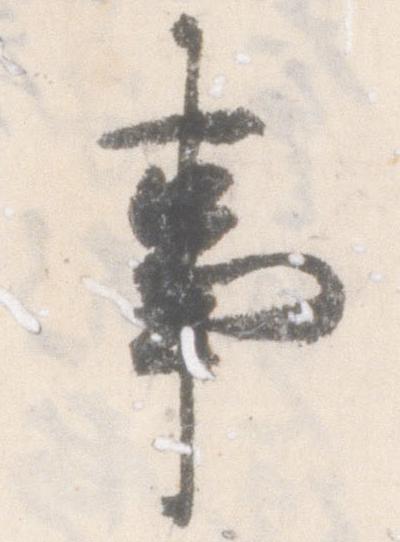
事